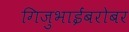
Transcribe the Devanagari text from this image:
गिजुभाईंबरोबर